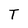
Character: T